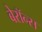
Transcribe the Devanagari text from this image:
बेरॉन्स